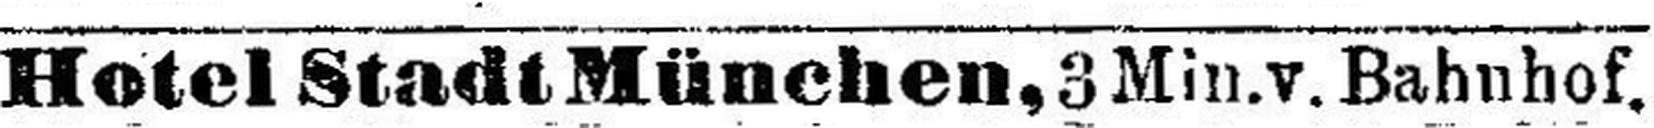
Hotel Stadt München, 3 Min. v. Bahnhof.